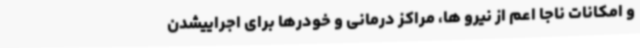
و امکانات ناجا اعم از نیرو ها، مراکز درمانی و خودرها برای اجراییشدن